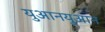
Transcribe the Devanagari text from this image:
युआनयुआन